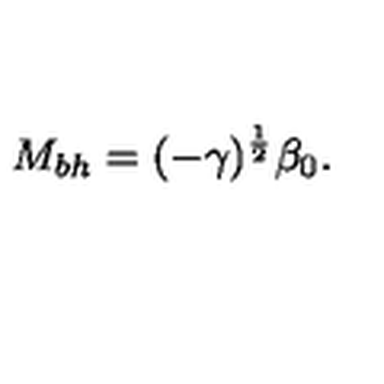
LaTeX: M _ { b h } = ( - \gamma ) ^ { \frac { 1 } { 2 } } \beta _ { 0 } .